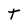
Character: t